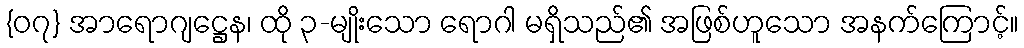
{၀၇} အာရောဂျဋ္ဌေန၊ ထို ၃-မျိုးသော ရောဂါ မရှိသည်၏ အဖြစ်ဟူသော အနက်ကြောင့်။